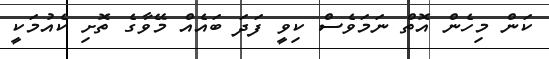
ކަން މިހެން އޮތް ނަމަވެސް ކިވީ ފަދަ ބައެއް މޭވާގެ ތޮށި ކެއުމަކީ